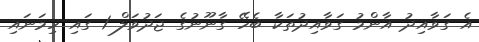
އެ ގަވާއިދު އާންމު ގަވާއިދުތަކާ ބެހޭ ގާނޫނުގެ ޖަދުވަލް 1 ގައި ހިމަނައި